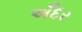
અઁદર